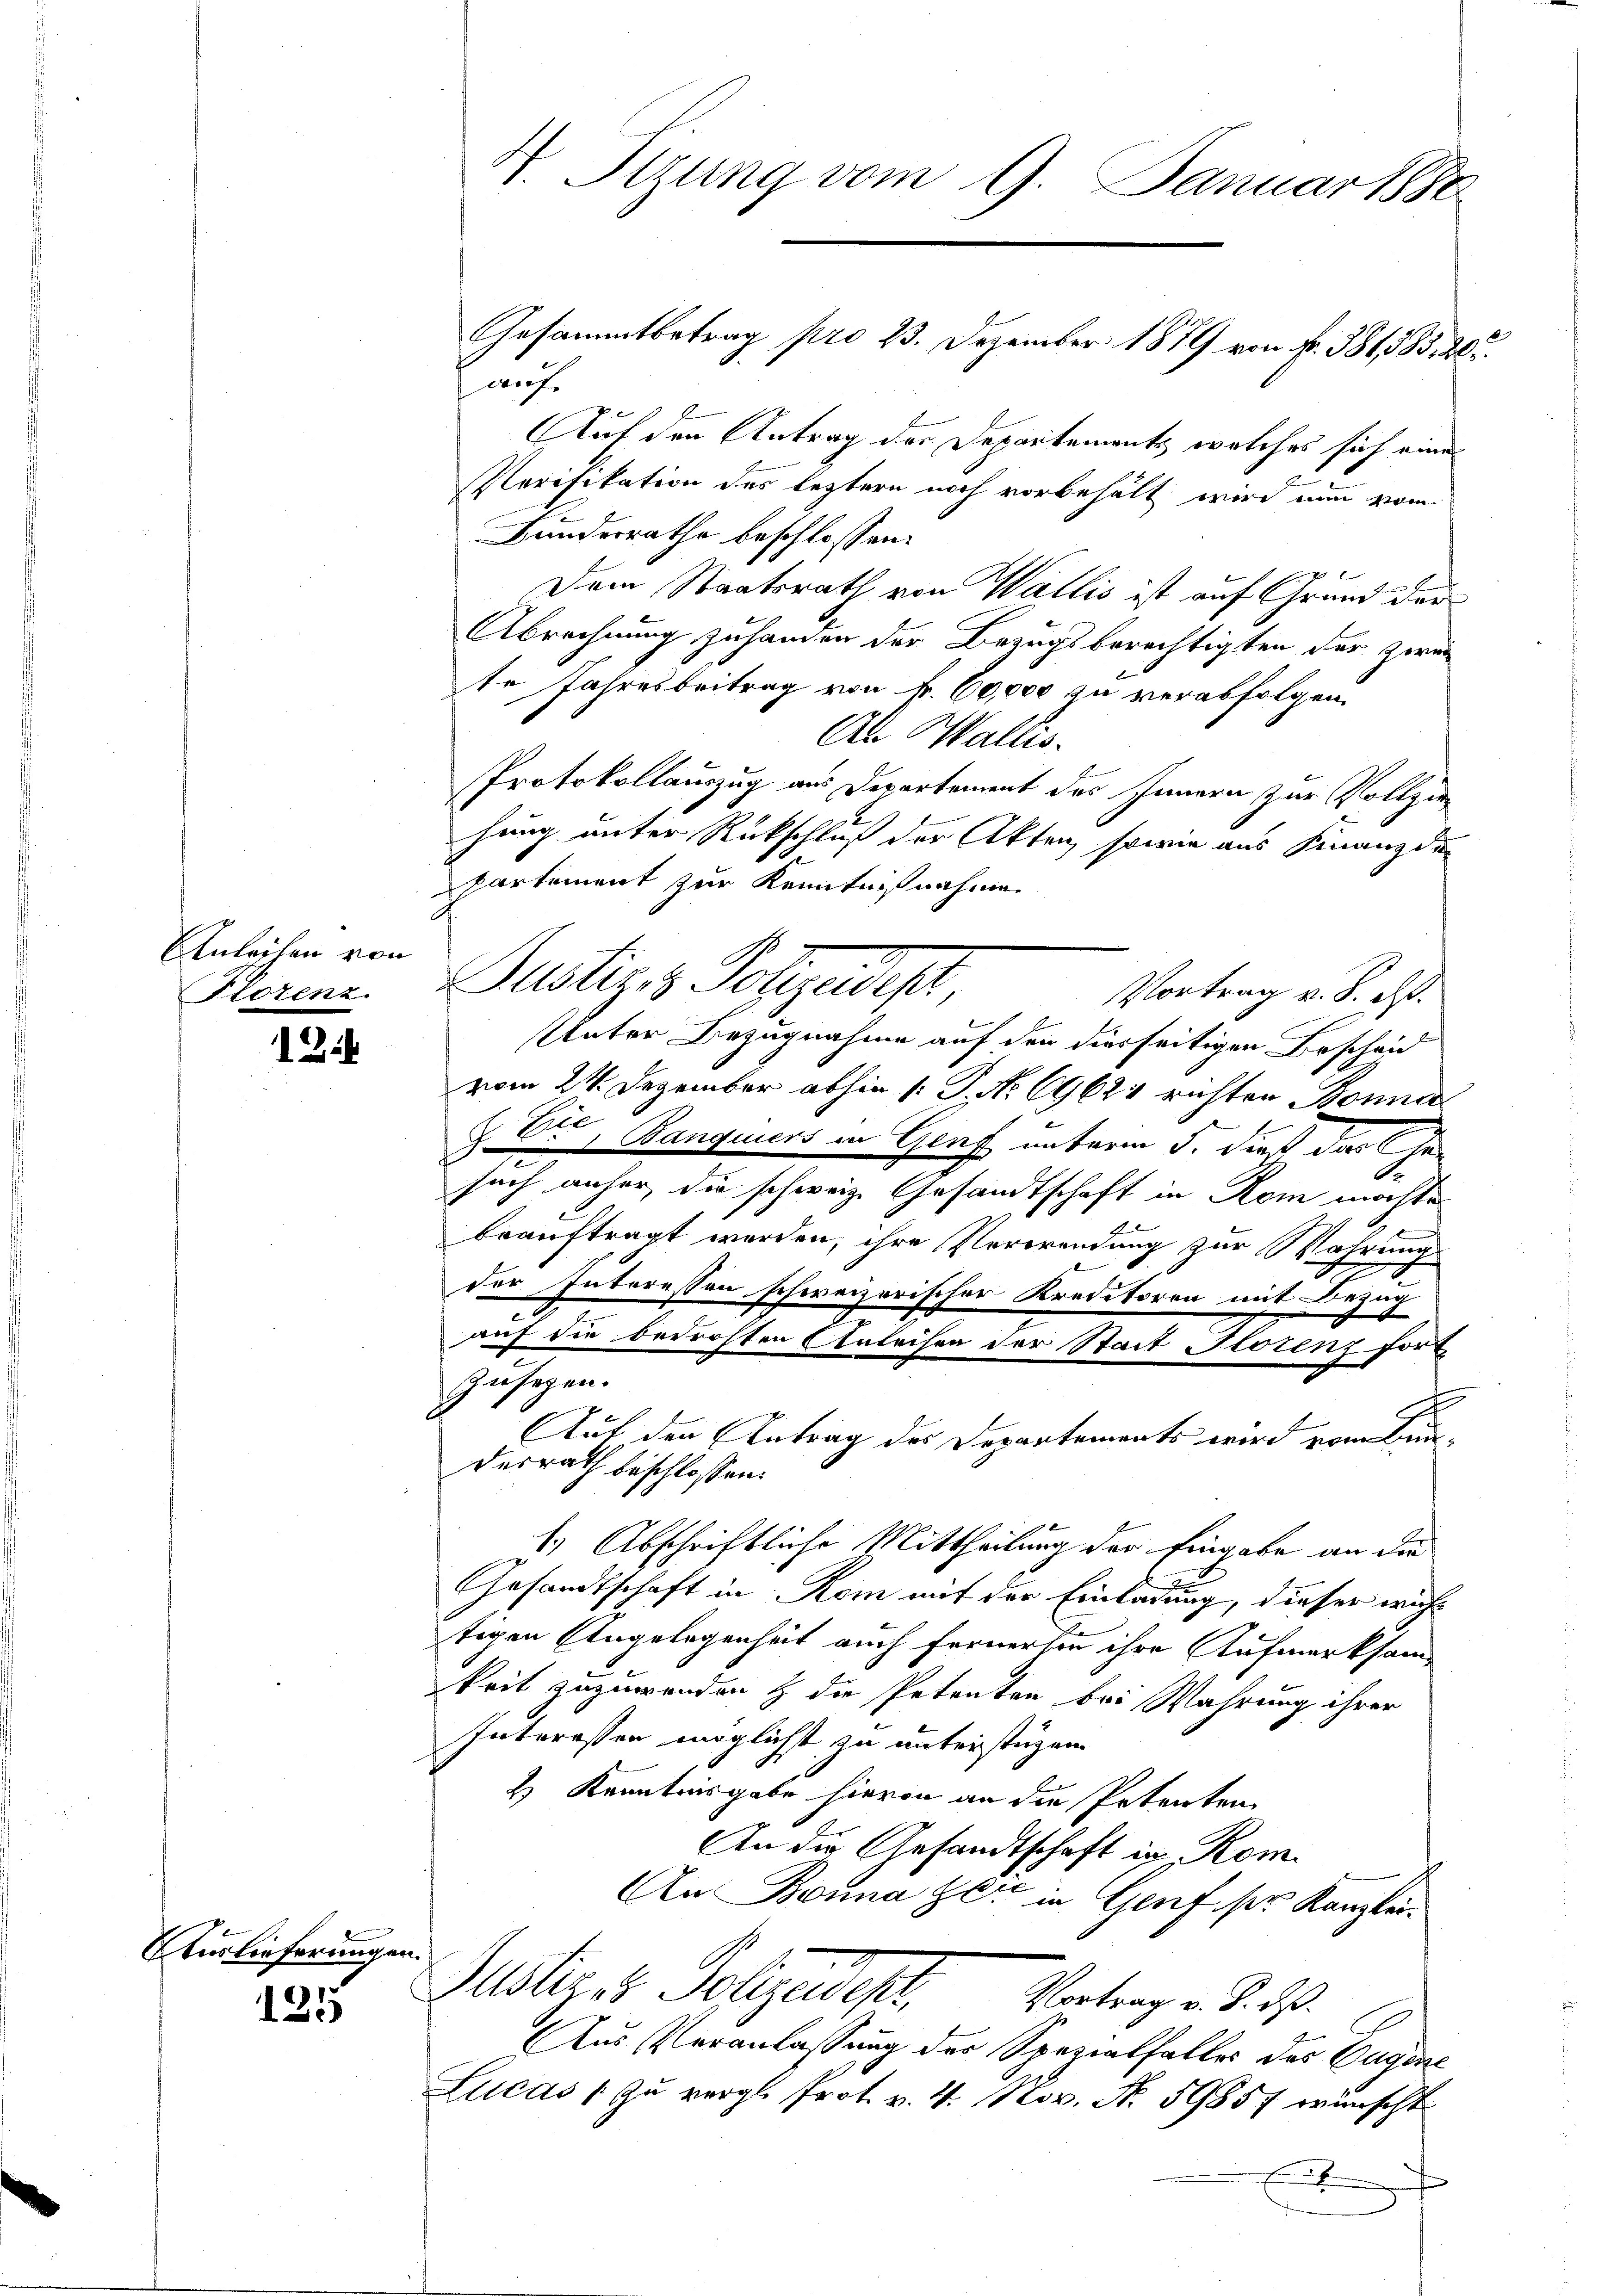
Anleihen von
Florenz

12

Auslieferungen.

125

4 Tizung vom 9. Januar 1880

Gesammtbetrag pro 23. Dezember 1879 von Fr. 381783. 20.
Haufe
Auf den Antrag der Departements, welches sich eines
Verifikation des leztern noch vorbehält wird nun vom
Bundesrathe beschlossen:
Dem Staatsrath von Wallis ist auf Grund der
Abrechnung zuhanden der Bezugsberechtigten der Zweite Jahresbeitrag von Fr. 60,000 zu verabfolgen.
An Wallis.
Protokollauszug aus Departement des Innern zur Vollziehung unter Rückschluß der Akten, sowie aus Finanzde
partement zur Kenntnißnahmen
Justizs Polizeidigt,
Vortrag v. 8. ds.
Unter Bezugnahme auf den diesseitigen Bescheid
vom 24. Dezember abhin (: P. Nr. 69624 richten Bonna
§. Er, Banquiers in Genf unterm 5. dieß das Gesuch anher, die schweiz. Gesandtschaft in Rom möchte
beauftragt werden, ihre Verwendung zur Wahrung
der Interessen schweizerischer Kreditoren mit Bezug
auf die bedrohten Anleihen der Stadt Florenz fort
zusehen.
7
Auf den Antrag des Departements wird vom Bundesrath beschlossen:
1.) Abschriftliche Mittheilung der Eingabe an die
Gesandtschaft in Rom auf der Einladung, dieser wachtigen Angelegenheit auch fernerhin ihre Aufmerksamkeit zuzuwenden & die Petenten bei Wahrung ihrer
Interessen möglichst zu unterstüzen.
2 Kenntnisgabe hievon an die Petenten
An die Gesandtschaft in Rom.
An Bonna er in Genf ser Kanzlei
Molizes Sohzudesch. Vortrag d. d. 29.
Aus Veranlassung der Spezialfalles des Eugens
Lucas " zŭ vergl. Prot. v. 4. Nov. N. 59857 wünscht
E
s

.